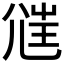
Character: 𡯲